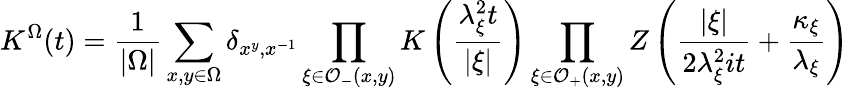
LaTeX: K^{\Omega}(t)=\frac{1}{\left|\Omega\right|}\sum_{x,y\in\Omega}\delta_{x^{y},x^{-1}}\prod_{\xi\in\mathcal{O}_{-}(x,y)}K\left(\frac{\lambda_{\xi}^{2}t}{\left|\xi\right|}\right)\prod_{\xi\in\mathcal{O}_{+}(x,y)}Z\left(\frac{\left|\xi\right|}{2\lambda_{\xi}^{2}it}+\frac{\kappa_{\xi}}{\lambda_{\xi}}\right)